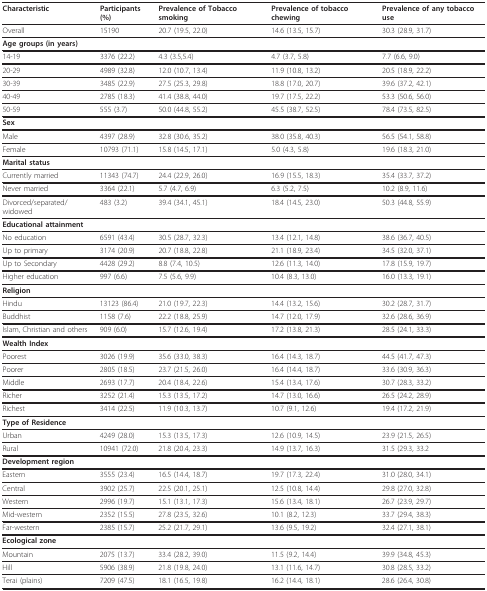
<table><thead><tr><td><b>Characteristic</b></td><td><b>Participants (%)</b></td><td><b>Prevalence of Tobacco smoking</b></td><td><b>Prevalence of tobacco chewing</b></td><td><b>Prevalence of any tobacco use</b></td></tr></thead><tbody><tr><td>Overall</td><td>15190</td><td>20.7 (19.5, 22.0)</td><td>14.6 (13.5, 15.7)</td><td>30.3 (28.9, 31.7)</td></tr><tr><td colspan="5"><b>Age groups (in years)</b></td></tr><tr><td>14-19</td><td>3376 (22.2)</td><td>4.3 (3.5,5.4)</td><td>4.7 (3.7, 5.8)</td><td>7.7 (6.6, 9.0)</td></tr><tr><td>20-29</td><td>4989 (32.8)</td><td>12.0 (10.7, 13.4)</td><td>11.9 (10.8, 13.2)</td><td>20.5 (18.9, 22.2)</td></tr><tr><td>30-39</td><td>3485 (22.9)</td><td>27.5 (25.3, 29.8)</td><td>18.8 (17.0, 20.7)</td><td>39.6 (37.2, 42.1)</td></tr><tr><td>40-49</td><td>2785 (18.3)</td><td>41.4 (38.8, 44.0)</td><td>19.7 (17.5, 22.2)</td><td>53.3 (50.6, 56.0)</td></tr><tr><td>50-59</td><td>555 (3.7)</td><td>50.0 (44.8, 55.2)</td><td>45.5 (38.7, 52.5)</td><td>78.4 (73.5, 82.5)</td></tr><tr><td colspan="5"><b>Sex</b></td></tr><tr><td>Male</td><td>4397 (28.9)</td><td>32.8 (30.6, 35.2)</td><td>38.0 (35.8, 40.3)</td><td>56.5 (54.1, 58.8)</td></tr><tr><td>Female</td><td>10793 (71.1)</td><td>15.8 (14.5, 17.1)</td><td>5.0 (4.3, 5.8)</td><td>19.6 (18.3, 21.0)</td></tr><tr><td colspan="5"><b>Marital status</b></td></tr><tr><td>Currently married</td><td>11343 (74.7)</td><td>24.4 (22.9, 26.0)</td><td>16.9 (15.5, 18.3)</td><td>35.4 (33.7, 37.2)</td></tr><tr><td>Never married</td><td>3364 (22.1)</td><td>5.7 (4.7, 6.9)</td><td>6.3 (5.2, 7.5)</td><td>10.2 (8.9, 11.6)</td></tr><tr><td>Divorced/separated/widowed</td><td>483 (3.2)</td><td>39.4 (34.1, 45.1)</td><td>18.4 (14.5, 23.0)</td><td>50.3 (44.8, 55.9)</td></tr><tr><td colspan="5"><b>Educational attainment</b></td></tr><tr><td>No education</td><td>6591 (43.4)</td><td>30.5 (28.7, 32.3)</td><td>13.4 (12.1, 14.8)</td><td>38.6 (36.7, 40.5)</td></tr><tr><td>Up to primary</td><td>3174 (20.9)</td><td>20.7 (18.8, 22.8)</td><td>21.1 (18.9, 23.4)</td><td>34.5 (32.0, 37.1)</td></tr><tr><td>Up to Secondary</td><td>4428 (29.2)</td><td>8.8 (7.4, 10.5)</td><td>12.6 (11.3, 14.0)</td><td>17.8 (15.9, 19.7)</td></tr><tr><td>Higher education</td><td>997 (6.6)</td><td>7.5 (5.6, 9.9)</td><td>10.4 (8.3, 13.0)</td><td>16.0 (13.3, 19.1)</td></tr><tr><td colspan="5"><b>Religion</b></td></tr><tr><td>Hindu</td><td>13123 (86.4)</td><td>21.0 (19.7, 22.3)</td><td>14.4 (13.2, 15.6)</td><td>30.2 (28.7, 31.7)</td></tr><tr><td>Buddhist</td><td>1158 (7.6)</td><td>22.2 (18.8, 25.9)</td><td>14.7 (12.0, 17.9)</td><td>32.6 (28.6, 36.9)</td></tr><tr><td>Islam, Christian and others</td><td>909 (6.0)</td><td>15.7 (12.6, 19.4)</td><td>17.2 (13.8, 21.3)</td><td>28.5 (24.1, 33.3)</td></tr><tr><td colspan="5"><b>Wealth Index</b></td></tr><tr><td>Poorest</td><td>3026 (19.9)</td><td>35.6 (33.0, 38.3)</td><td>16.4 (14.3, 18.7)</td><td>44.5 (41.7, 47.3)</td></tr><tr><td>Poorer</td><td>2805 (18.5)</td><td>23.7 (21.5, 26.0)</td><td>16.4 (14.4, 18.7)</td><td>33.6 (30.9, 36.3)</td></tr><tr><td>Middle</td><td>2693 (17.7)</td><td>20.4 (18.4, 22.6)</td><td>15.4 (13.4, 17.6)</td><td>30.7 (28.3, 33.2)</td></tr><tr><td>Richer</td><td>3252 (21.4)</td><td>15.3 (13.5, 17.2)</td><td>14.7 (13.0, 16.6)</td><td>26.5 (24.2, 28.9)</td></tr><tr><td>Richest</td><td>3414 (22.5)</td><td>11.9 (10.3, 13.7)</td><td>10.7 (9.1, 12.6)</td><td>19.4 (17.2, 21.9)</td></tr><tr><td colspan="5"><b>Type of Residence</b></td></tr><tr><td>Urban</td><td>4249 (28.0)</td><td>15.3 (13.5, 17.3)</td><td>12.6 (10.9, 14.5)</td><td>23.9 (21.5, 26.5)</td></tr><tr><td>Rural</td><td>10941 (72.0)</td><td>21.8 (20.4, 23.3)</td><td>14.9 (13.7, 16.3)</td><td>31.5 (29.3, 33.2</td></tr><tr><td colspan="5"><b>Development region</b></td></tr><tr><td>Eastern</td><td>3555 (23.4)</td><td>16.5 (14.4, 18.7)</td><td>19.7 (17.3, 22.4)</td><td>31.0 (28.0, 34.1)</td></tr><tr><td>Central</td><td>3902 (25.7)</td><td>22.5 (20.1, 25.1)</td><td>12.5 (10.8, 14.4)</td><td>29.8 (27.0, 32.8)</td></tr><tr><td>Western</td><td>2996 (19.7)</td><td>15.1 (13.1, 17.3)</td><td>15.6 (13.4, 18.1)</td><td>26.7 (23.9, 29.7)</td></tr><tr><td>Mid-western</td><td>2352 (15.5)</td><td>27.8 (23.5, 32.6)</td><td>10.1 (8.2, 12.3)</td><td>33.7 (29.4, 38.3)</td></tr><tr><td>Far-western</td><td>2385 (15.7)</td><td>25.2 (21.7, 29.1)</td><td>13.6 (9.5, 19.2)</td><td>32.4 (27.1, 38.1)</td></tr><tr><td colspan="5"><b>Ecological zone</b></td></tr><tr><td>Mountain</td><td>2075 (13.7)</td><td>33.4 (28.2, 39.0)</td><td>11.5 (9.2, 14.4)</td><td>39.9 (34.8, 45.3)</td></tr><tr><td>Hill</td><td>5906 (38.9)</td><td>21.8 (19.8, 24.0)</td><td>13.1 (11.6, 14.7)</td><td>30.8 (28.5, 33.2)</td></tr><tr><td>Terai (plains)</td><td>7209 (47.5)</td><td>18.1 (16.5, 19.8)</td><td>16.2 (14.4, 18.1)</td><td>28.6 (26.4, 30.8)</td></tr></tbody></table>